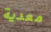
معدية